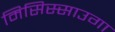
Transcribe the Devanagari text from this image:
मिसिस्साउगा